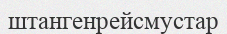
штангенрейсмустар